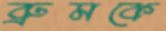
ব্রুমকে